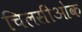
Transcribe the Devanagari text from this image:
चिलसीओक